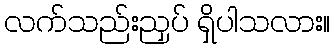
လက်သည်းညှပ် ရှိပါသလား။